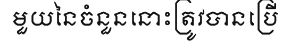
មួយនៃចំនួននោះត្រូវបានប្រើ